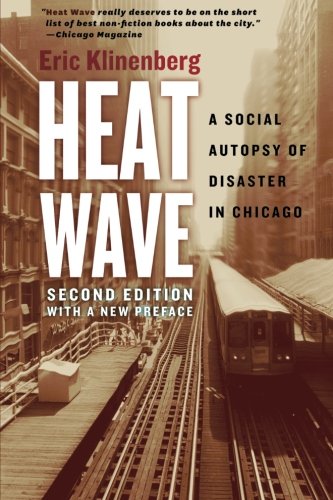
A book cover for Heat Wave: A Social Autopsy of Disaster in Chicago; Eric Klinenberg; Science & Math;